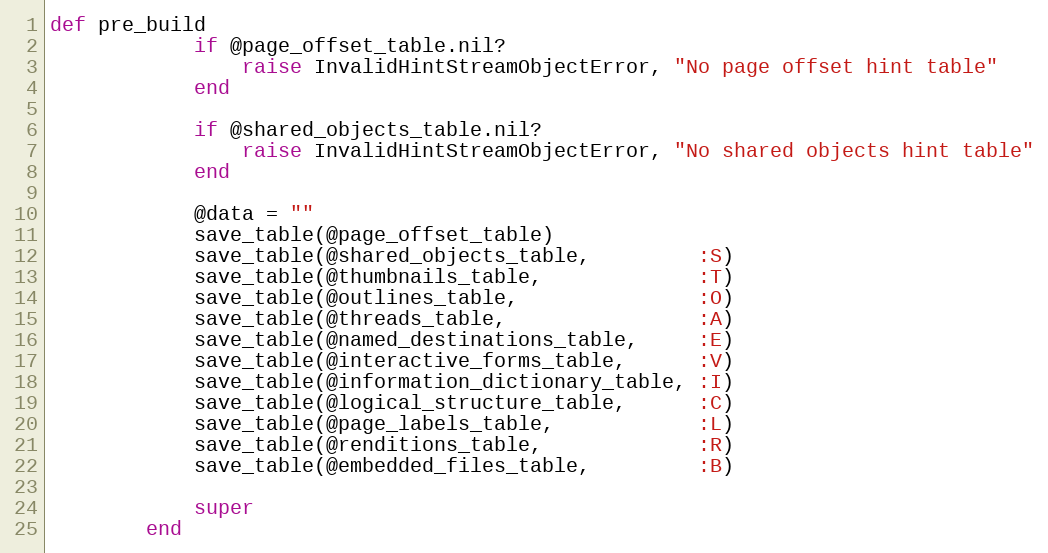
Language: Ruby
def pre_build
            if @page_offset_table.nil?
                raise InvalidHintStreamObjectError, "No page offset hint table"
            end

            if @shared_objects_table.nil?
                raise InvalidHintStreamObjectError, "No shared objects hint table"
            end

            @data = ""
            save_table(@page_offset_table)
            save_table(@shared_objects_table,         :S)
            save_table(@thumbnails_table,             :T)
            save_table(@outlines_table,               :O)
            save_table(@threads_table,                :A)
            save_table(@named_destinations_table,     :E)
            save_table(@interactive_forms_table,      :V)
            save_table(@information_dictionary_table, :I)
            save_table(@logical_structure_table,      :C)
            save_table(@page_labels_table,            :L)
            save_table(@renditions_table,             :R)
            save_table(@embedded_files_table,         :B)

            super
        end